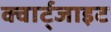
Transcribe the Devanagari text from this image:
क्वार्ट्जाइट